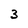
Character: 3